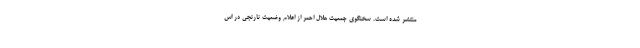
منتشر شده است. سخنگوی جمعیت هلال احمر از اعلام وضعیت نارنجی در اس